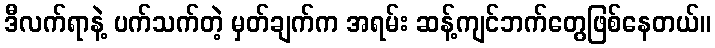
ဒီလက်ရာနဲ့ ပက်သက်တဲ့ မှတ်ချက်က အရမ်း ဆန့်ကျင်ဘက်တွေဖြစ်နေတယ်။